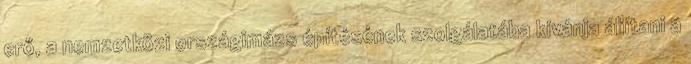
erő, a nemzetközi országimázs építésének szolgálatába kívánja állítani a